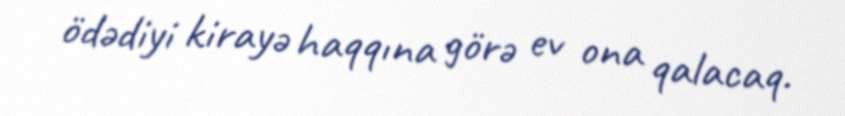
ödədiyi kirayə haqqına görə ev ona qalacaq.